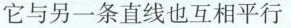
它与另一条直线也互相平行